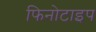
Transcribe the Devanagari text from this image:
फिनोटाइप